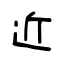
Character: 近